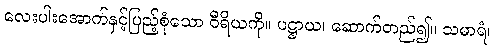
လေးပါးအောက်နှင့်ပြည့်စုံသော ဝီရိယကို။ ပဋ္ဌာယ၊ ဆောက်တည်၍။ သမာရံ၊